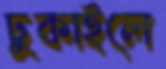
ঢুকাইলে